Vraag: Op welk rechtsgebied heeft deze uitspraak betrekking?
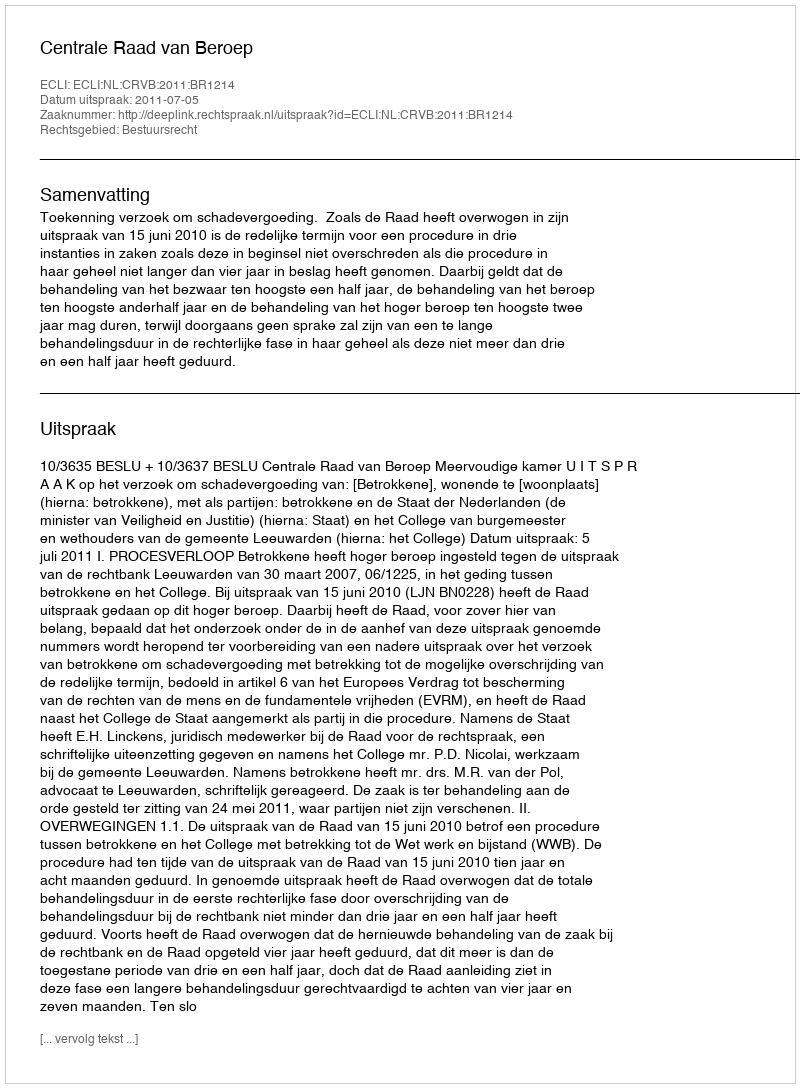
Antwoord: Bestuursrecht